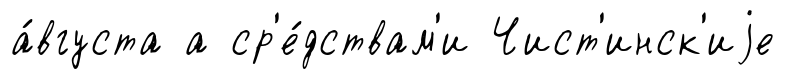
а́вгуста а ср'е́дствам'и Чист'инск'иjе